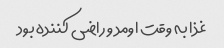
غذا به وقت اومد و راضی کننده بود